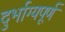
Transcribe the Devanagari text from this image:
दुर्भाग्‍यपूर्ण